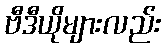
ဗီဒီယိုများလည်း